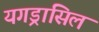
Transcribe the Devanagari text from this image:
यगड्रासिल